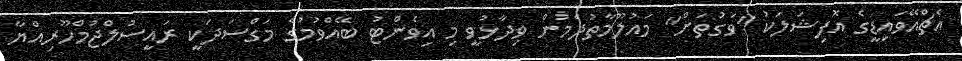
އެޗްއޭވައިޑީގެ އޮފިޝަލަކު "ވަގުތަށް" މައުލޫމާތުދެމުން ވިދާޅުވީ މި އިވެންޓު ބޭއްވުމުގެ މަގްސަދަކީ ރައީސުލްޖުމްހޫރިއްޔާ